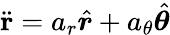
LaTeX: {\ddot{\mathbf{r}}}=a_{r}{\hat{\boldsymbol{r}}}+a_{\theta}{\hat{\boldsymbol{\theta}}}